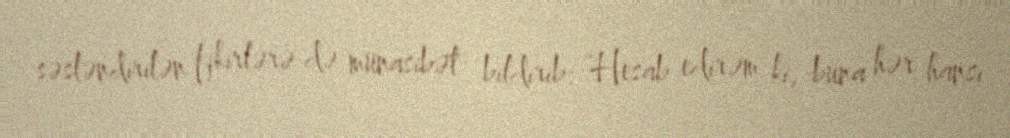
səsləndirilən fikirlərə də münasibət bildirib: “Hesab edirəm ki, buna hər hansı